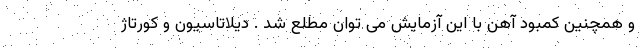
و همچنین کمبود آهن با این آزمایش می توان مطلع شد . دیلاتاسیون و کورتاژ